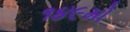
૧૪૯મો